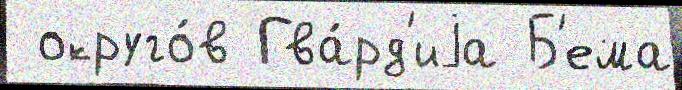
 округо́в Гва́рд'иjа Б'ема